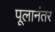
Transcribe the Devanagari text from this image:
पूलानंतर